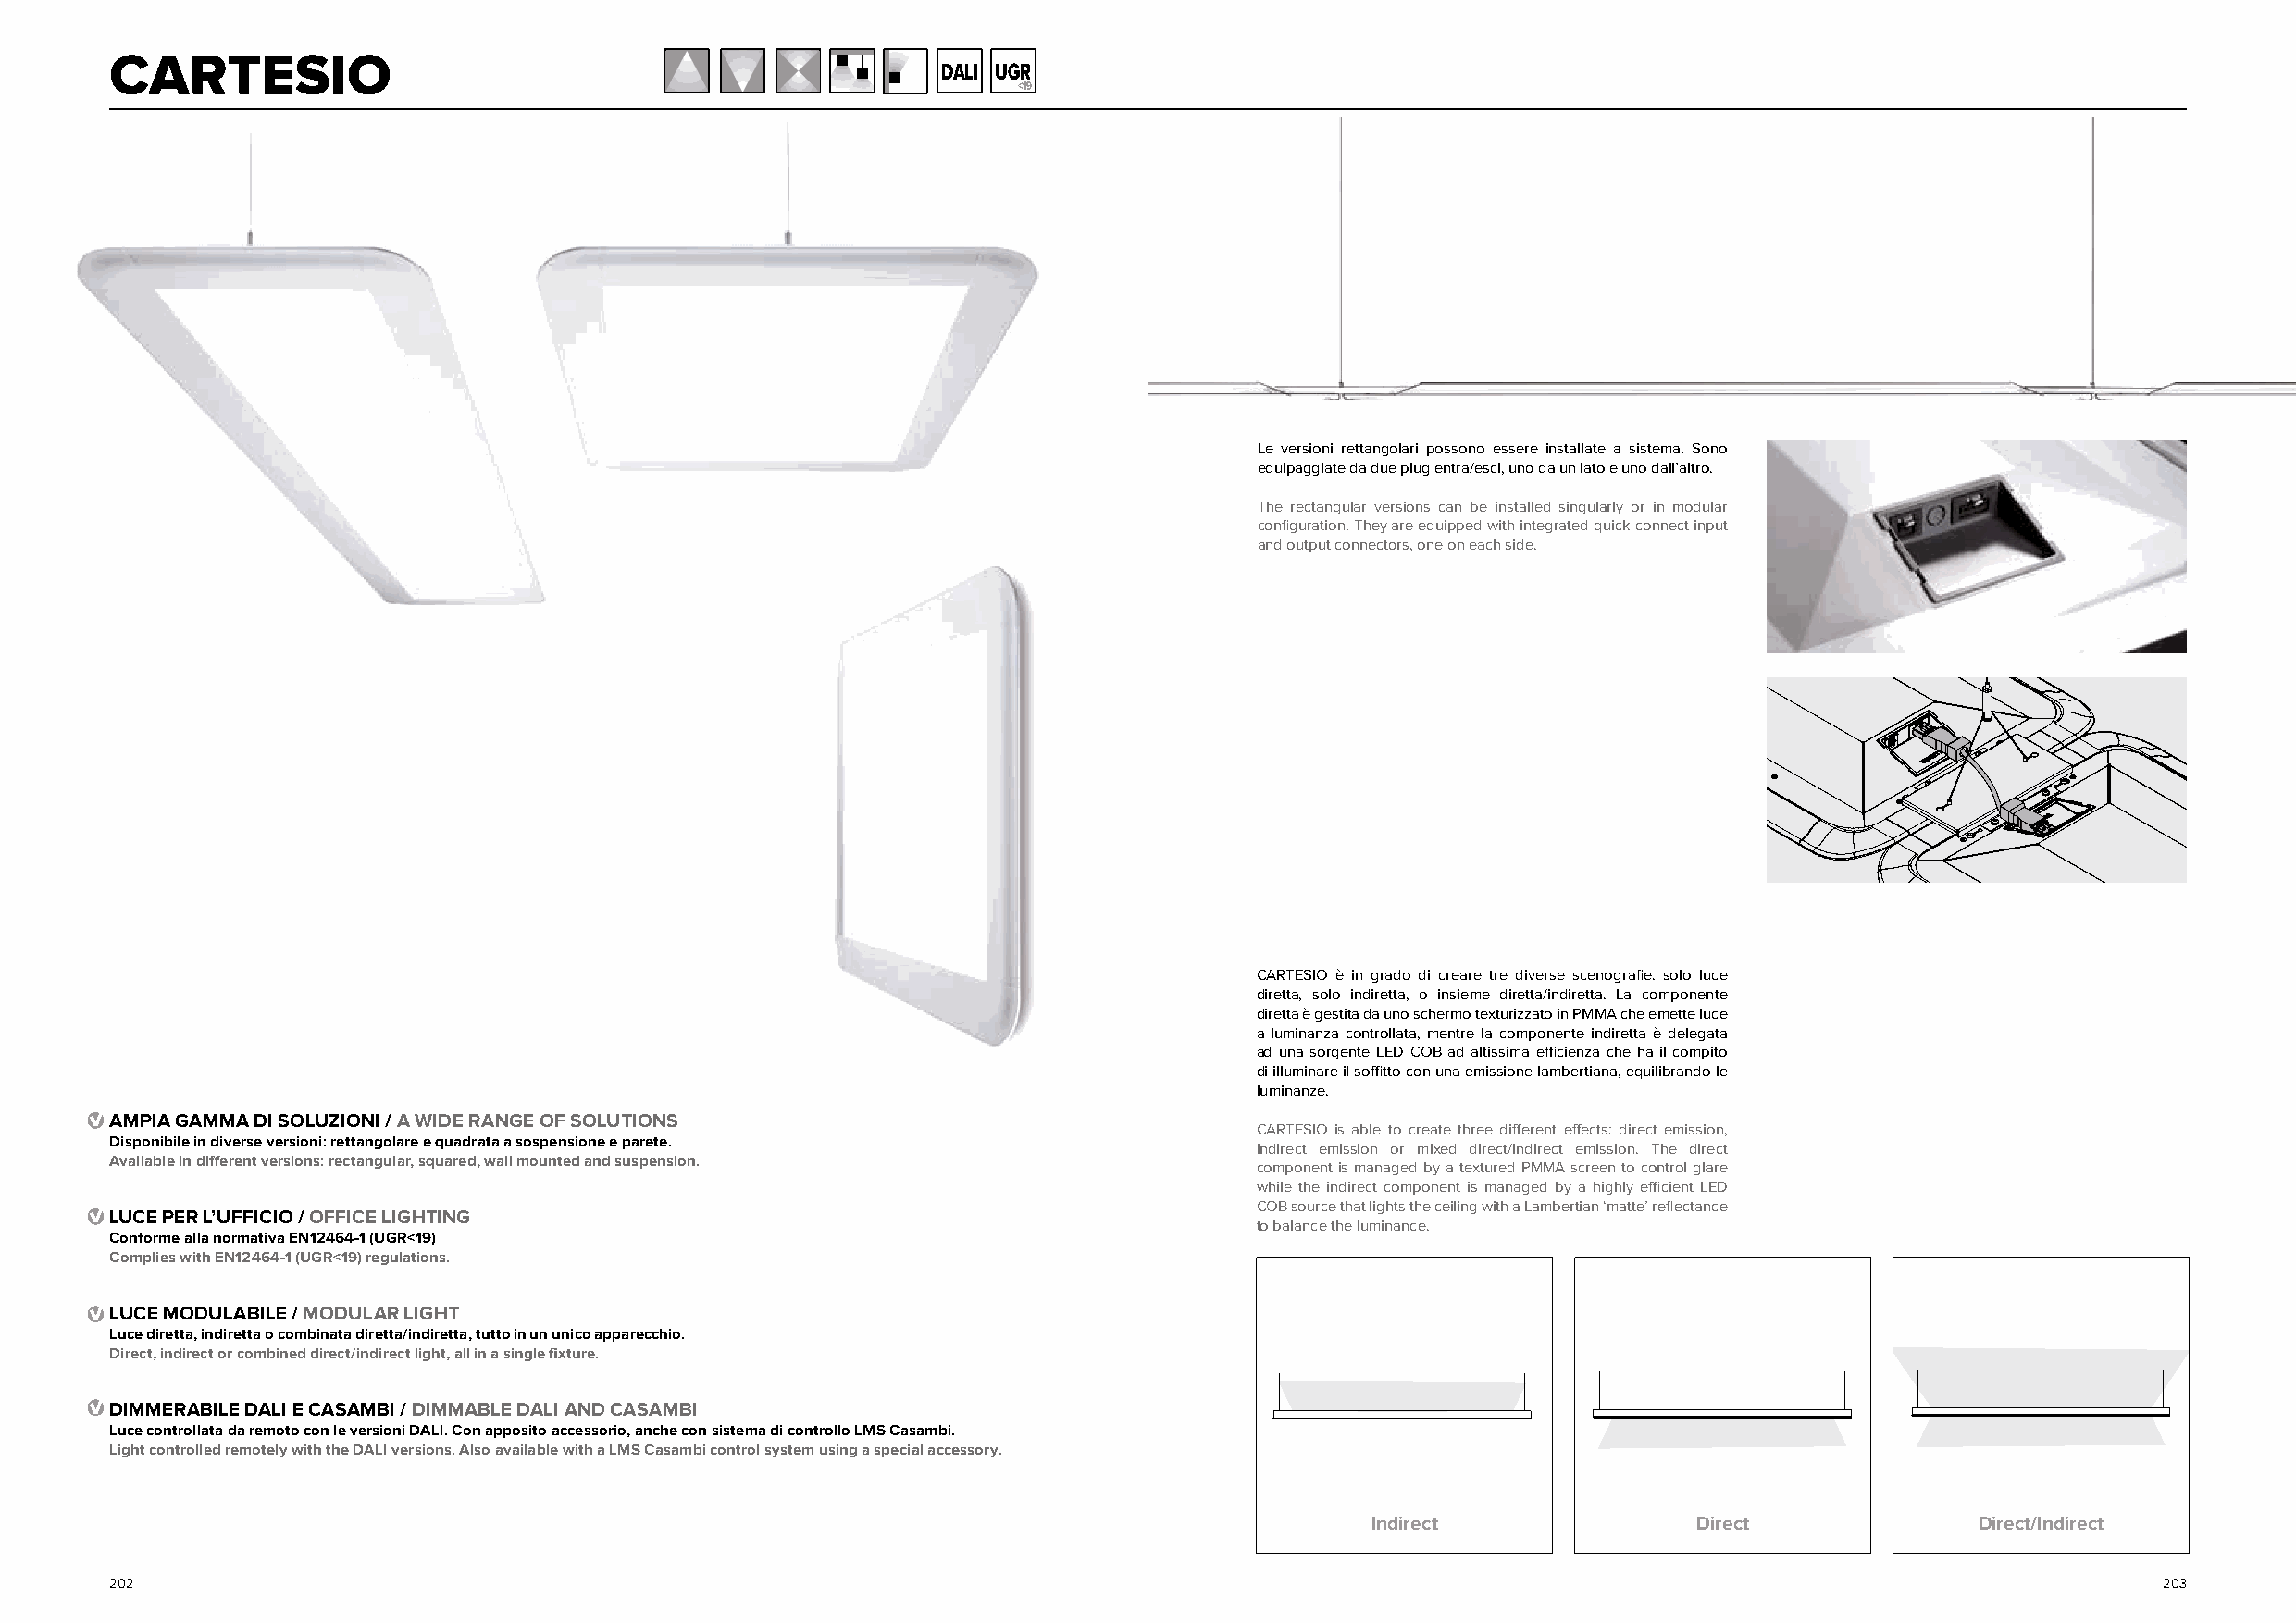
CARTESIO
 DALI UGR
 <19
 Le versioni rettangolari possono essere installate a sistema. Sono
 equipaggiate da due plug entra/esci, uno da un lato e uno dall’altro.
 The rectangular versions can be installed singularly or in modular
 configuration. They are equipped with integrated quick connect input
 and output connectors, one on each side.
 CARTESIO è in grado di creare tre diverse scenografie: solo luce
 diretta, solo indiretta, o insieme diretta/indiretta. La componente
 diretta è gestita da uno schermo texturizzato in PMMA che emette luce
 a luminanza controllata, mentre la componente indiretta è delegata
 ad una sorgente LED COB ad altissima efficienza che ha il compito
 di illuminare il soffitto con una emissione lambertiana, equilibrando le
 luminanze.
 AMPIA GAMMA DI SOLUZIONI / A WIDE RANGE OF SOLUTIONS
 CARTESIO is able to create three different effects: direct emission,
 Disponibile in diverse versioni: rettangolare e quadrata a sospensione e parete.
 indirect emission or mixed direct/indirect emission. The direct
 Available in different versions: rectangular, squared, wall mounted and suspension.
 component is managed by a textured PMMA screen to control glare
 while the indirect component is managed by a highly efficient LED
 COB source that lights the ceiling with a Lambertian ‘matte’ reflectance
 LUCE PER L’UFFICIO / OFFICE LIGHTING
 to balance the luminance.
 Conforme alla normativa EN12464-1 (UGR<19)
 Complies with EN12464-1 (UGR<19) regulations.
 LUCE MODULABILE / MODULAR LIGHT
 Luce diretta, indiretta o combinata diretta/indiretta, tutto in un unico apparecchio.
 Direct, indirect or combined direct/indirect light, all in a single fixture.
 DIMMERABILE DALI E CASAMBI / DIMMABLE DALI AND CASAMBI
 Luce controllata da remoto con le versioni DALI. Con apposito accessorio, anche con sistema di controllo LMS Casambi.
 Light controlled remotely with the DALI versions. Also available with a LMS Casambi control system using a special accessory.
 Indirect               Direct               Direct/Indirect
 202                                                                                                                                                203